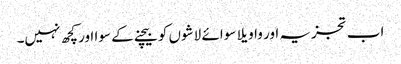
اب تجزیہ اور واویلا سوائے لاشوں کو بیچنے کے سوا اور کچھ نہیں۔